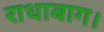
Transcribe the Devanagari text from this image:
राधाबाग।